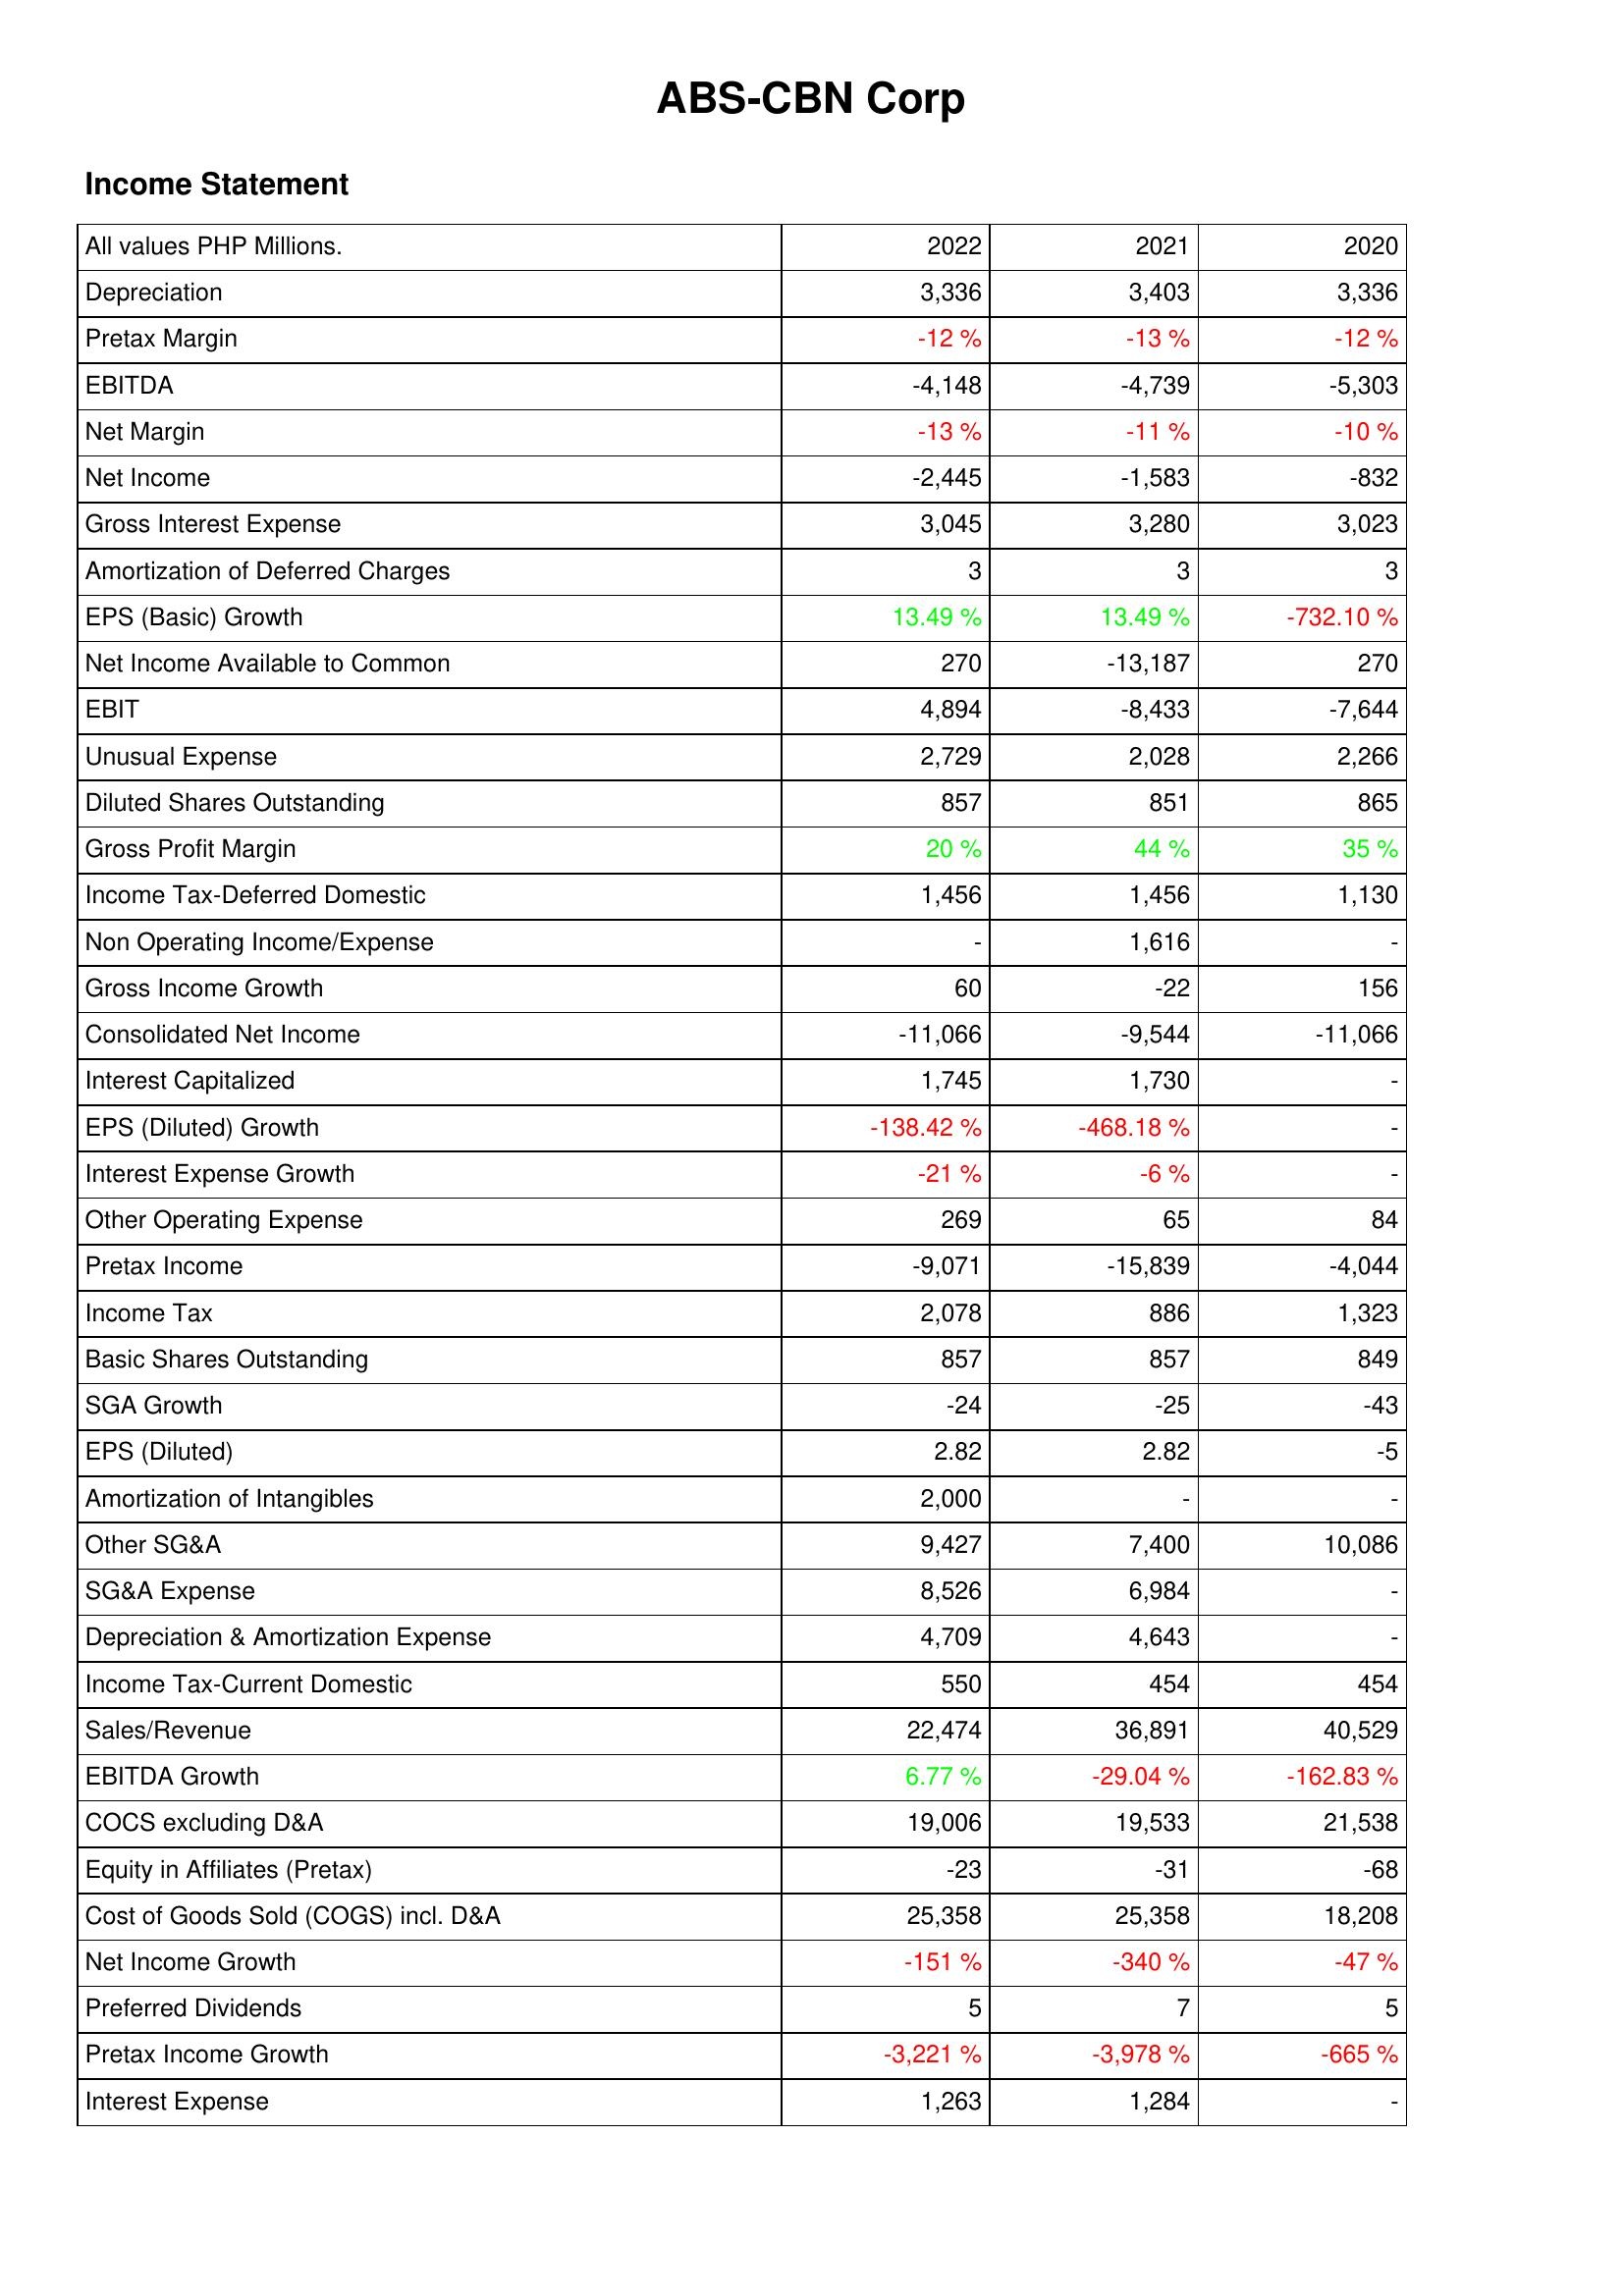
2022: Income Statement: Depreciation: 3,336
Pretax Margin: -12 %
EBITDA: -4,148
Net Margin: -13 %
Net Income: -2,445
Gross Interest Expense: 3,045
Amortization of Deferred Charges: 3
EPS (Basic) Growth: 13.49 %
Net Income Available to Common: 270
EBIT: 4,894
Unusual Expense: 2,729
Diluted Shares Outstanding: 857
Gross Profit Margin: 20 %
Income Tax-Deferred Domestic: 1,456
Non Operating Income/Expense: -
Gross Income Growth: 60
Consolidated Net Income: -11,066
Interest Capitalized: 1,745
EPS (Diluted) Growth: -138.42 %
Interest Expense Growth: -21 %
Other Operating Expense: 269
Pretax Income: -9,071
Income Tax: 2,078
Basic Shares Outstanding: 857
SGA Growth: -24
EPS (Diluted): 2.82
Amortization of Intangibles: 2,000
Other SG&A: 9,427
SG&A Expense: 8,526
Depreciation & Amortization Expense: 4,709
Income Tax-Current Domestic: 550
Sales/Revenue: 22,474
EBITDA Growth: 6.77 %
COCS excluding D&A: 19,006
Equity in Affiliates (Pretax): -23
Cost of Goods Sold (COGS) incl. D&A: 25,358
Net Income Growth: -151 %
Preferred Dividends: 5
Pretax Income Growth: -3,221 %
Interest Expense: 1,263
2021: Income Statement: Depreciation: 3,403
Pretax Margin: -13 %
EBITDA: -4,739
Net Margin: -11 %
Net Income: -1,583
Gross Interest Expense: 3,280
Amortization of Deferred Charges: 3
EPS (Basic) Growth: 13.49 %
Net Income Available to Common: -13,187
EBIT: -8,433
Unusual Expense: 2,028
Diluted Shares Outstanding: 851
Gross Profit Margin: 44 %
Income Tax-Deferred Domestic: 1,456
Non Operating Income/Expense: 1,616
Gross Income Growth: -22
Consolidated Net Income: -9,544
Interest Capitalized: 1,730
EPS (Diluted) Growth: -468.18 %
Interest Expense Growth: -6 %
Other Operating Expense: 65
Pretax Income: -15,839
Income Tax: 886
Basic Shares Outstanding: 857
SGA Growth: -25
EPS (Diluted): 2.82
Amortization of Intangibles: -
Other SG&A: 7,400
SG&A Expense: 6,984
Depreciation & Amortization Expense: 4,643
Income Tax-Current Domestic: 454
Sales/Revenue: 36,891
EBITDA Growth: -29.04 %
COCS excluding D&A: 19,533
Equity in Affiliates (Pretax): -31
Cost of Goods Sold (COGS) incl. D&A: 25,358
Net Income Growth: -340 %
Preferred Dividends: 7
Pretax Income Growth: -3,978 %
Interest Expense: 1,284
2020: Income Statement: Depreciation: 3,336
Pretax Margin: -12 %
EBITDA: -5,303
Net Margin: -10 %
Net Income: -832
Gross Interest Expense: 3,023
Amortization of Deferred Charges: 3
EPS (Basic) Growth: -732.10 %
Net Income Available to Common: 270
EBIT: -7,644
Unusual Expense: 2,266
Diluted Shares Outstanding: 865
Gross Profit Margin: 35 %
Income Tax-Deferred Domestic: 1,130
Non Operating Income/Expense: -
Gross Income Growth: 156
Consolidated Net Income: -11,066
Interest Capitalized: -
EPS (Diluted) Growth: -
Interest Expense Growth: -
Other Operating Expense: 84
Pretax Income: -4,044
Income Tax: 1,323
Basic Shares Outstanding: 849
SGA Growth: -43
EPS (Diluted): -5
Amortization of Intangibles: -
Other SG&A: 10,086
SG&A Expense: -
Depreciation & Amortization Expense: -
Income Tax-Current Domestic: 454
Sales/Revenue: 40,529
EBITDA Growth: -162.83 %
COCS excluding D&A: 21,538
Equity in Affiliates (Pretax): -68
Cost of Goods Sold (COGS) incl. D&A: 18,208
Net Income Growth: -47 %
Preferred Dividends: 5
Pretax Income Growth: -665 %
Interest Expense: -